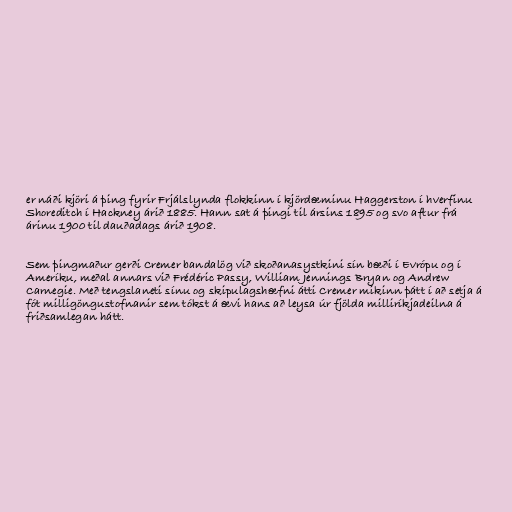
er náði kjöri á þing fyrir Frjálslynda flokkinn í kjördæminu Haggerston í hverfinu
Shoreditch í Hackney árið 1885. Hann sat á þingi til ársins 1895 og svo aftur frá
árinu 1900 til dauðadags árið 1908.

Sem þingmaður gerði Cremer bandalög við skoðanasystkini sín bæði í Evrópu og í
Ameríku, meðal annars við Frédéric Passy, William Jennings Bryan og Andrew
Carnegie. Með tengslaneti sínu og skipulagshæfni átti Cremer mikinn þátt í að setja á
fót milligöngustofnanir sem tókst á ævi hans að leysa úr fjölda milliríkjadeilna á
friðsamlegan hátt.